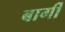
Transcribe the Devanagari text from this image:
बार्गी